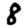
Digit: 8